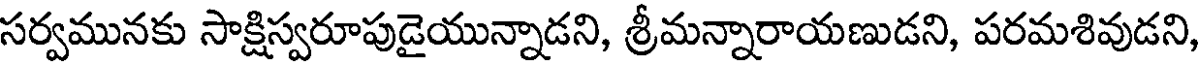
సర్వమునకు సాక్షిస్వరూపుడైయున్నాడని, శ్రీమన్నారాయణుడని, పరమశివుడని,